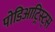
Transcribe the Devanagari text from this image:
पोडिआट्रिस्ट्स